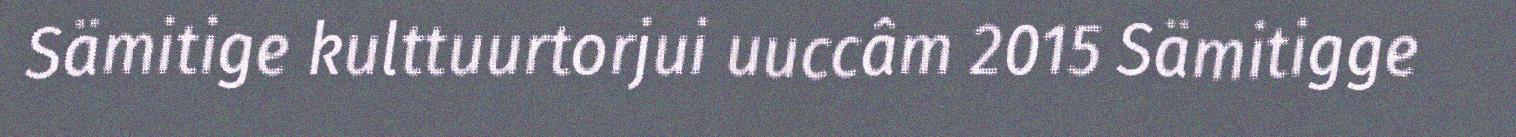
Sämitige kulttuurtorjui uuccâm 2015 Sämitigge